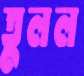
তুলল